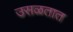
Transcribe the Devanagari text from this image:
उसळतात